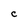
Character: c